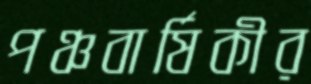
পঞ্চবার্ষিকীর